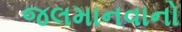
જલમાનવાનો